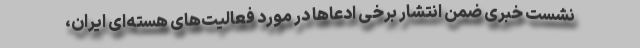
نشست خبری ضمن انتشار برخی ادعاها در مورد فعالیت‌های هسته‌ای ایران،